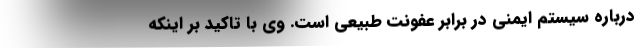
درباره سیستم ایمنی در برابر عفونت طبیعی است. وی با تاکید بر اینکه